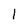
Character: 1